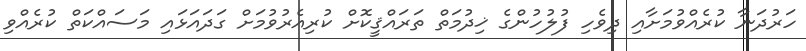
ހަރުދަނާ ކުރެއްވުމަށާއި ދިވެހި ފުލުހުންގެ ޚިދުމަތް ތަރައްޤީކޮށް ކުރިއެރުވުމަށް ގަދައަޅައި މަސައްކަތް ކުރެއްވި